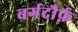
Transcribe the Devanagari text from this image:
बर्गदौर्फ़